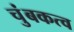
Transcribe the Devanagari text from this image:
चुंबकत्‍व